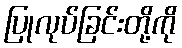
ပြုလုပ်ခြင်းတို့ကို